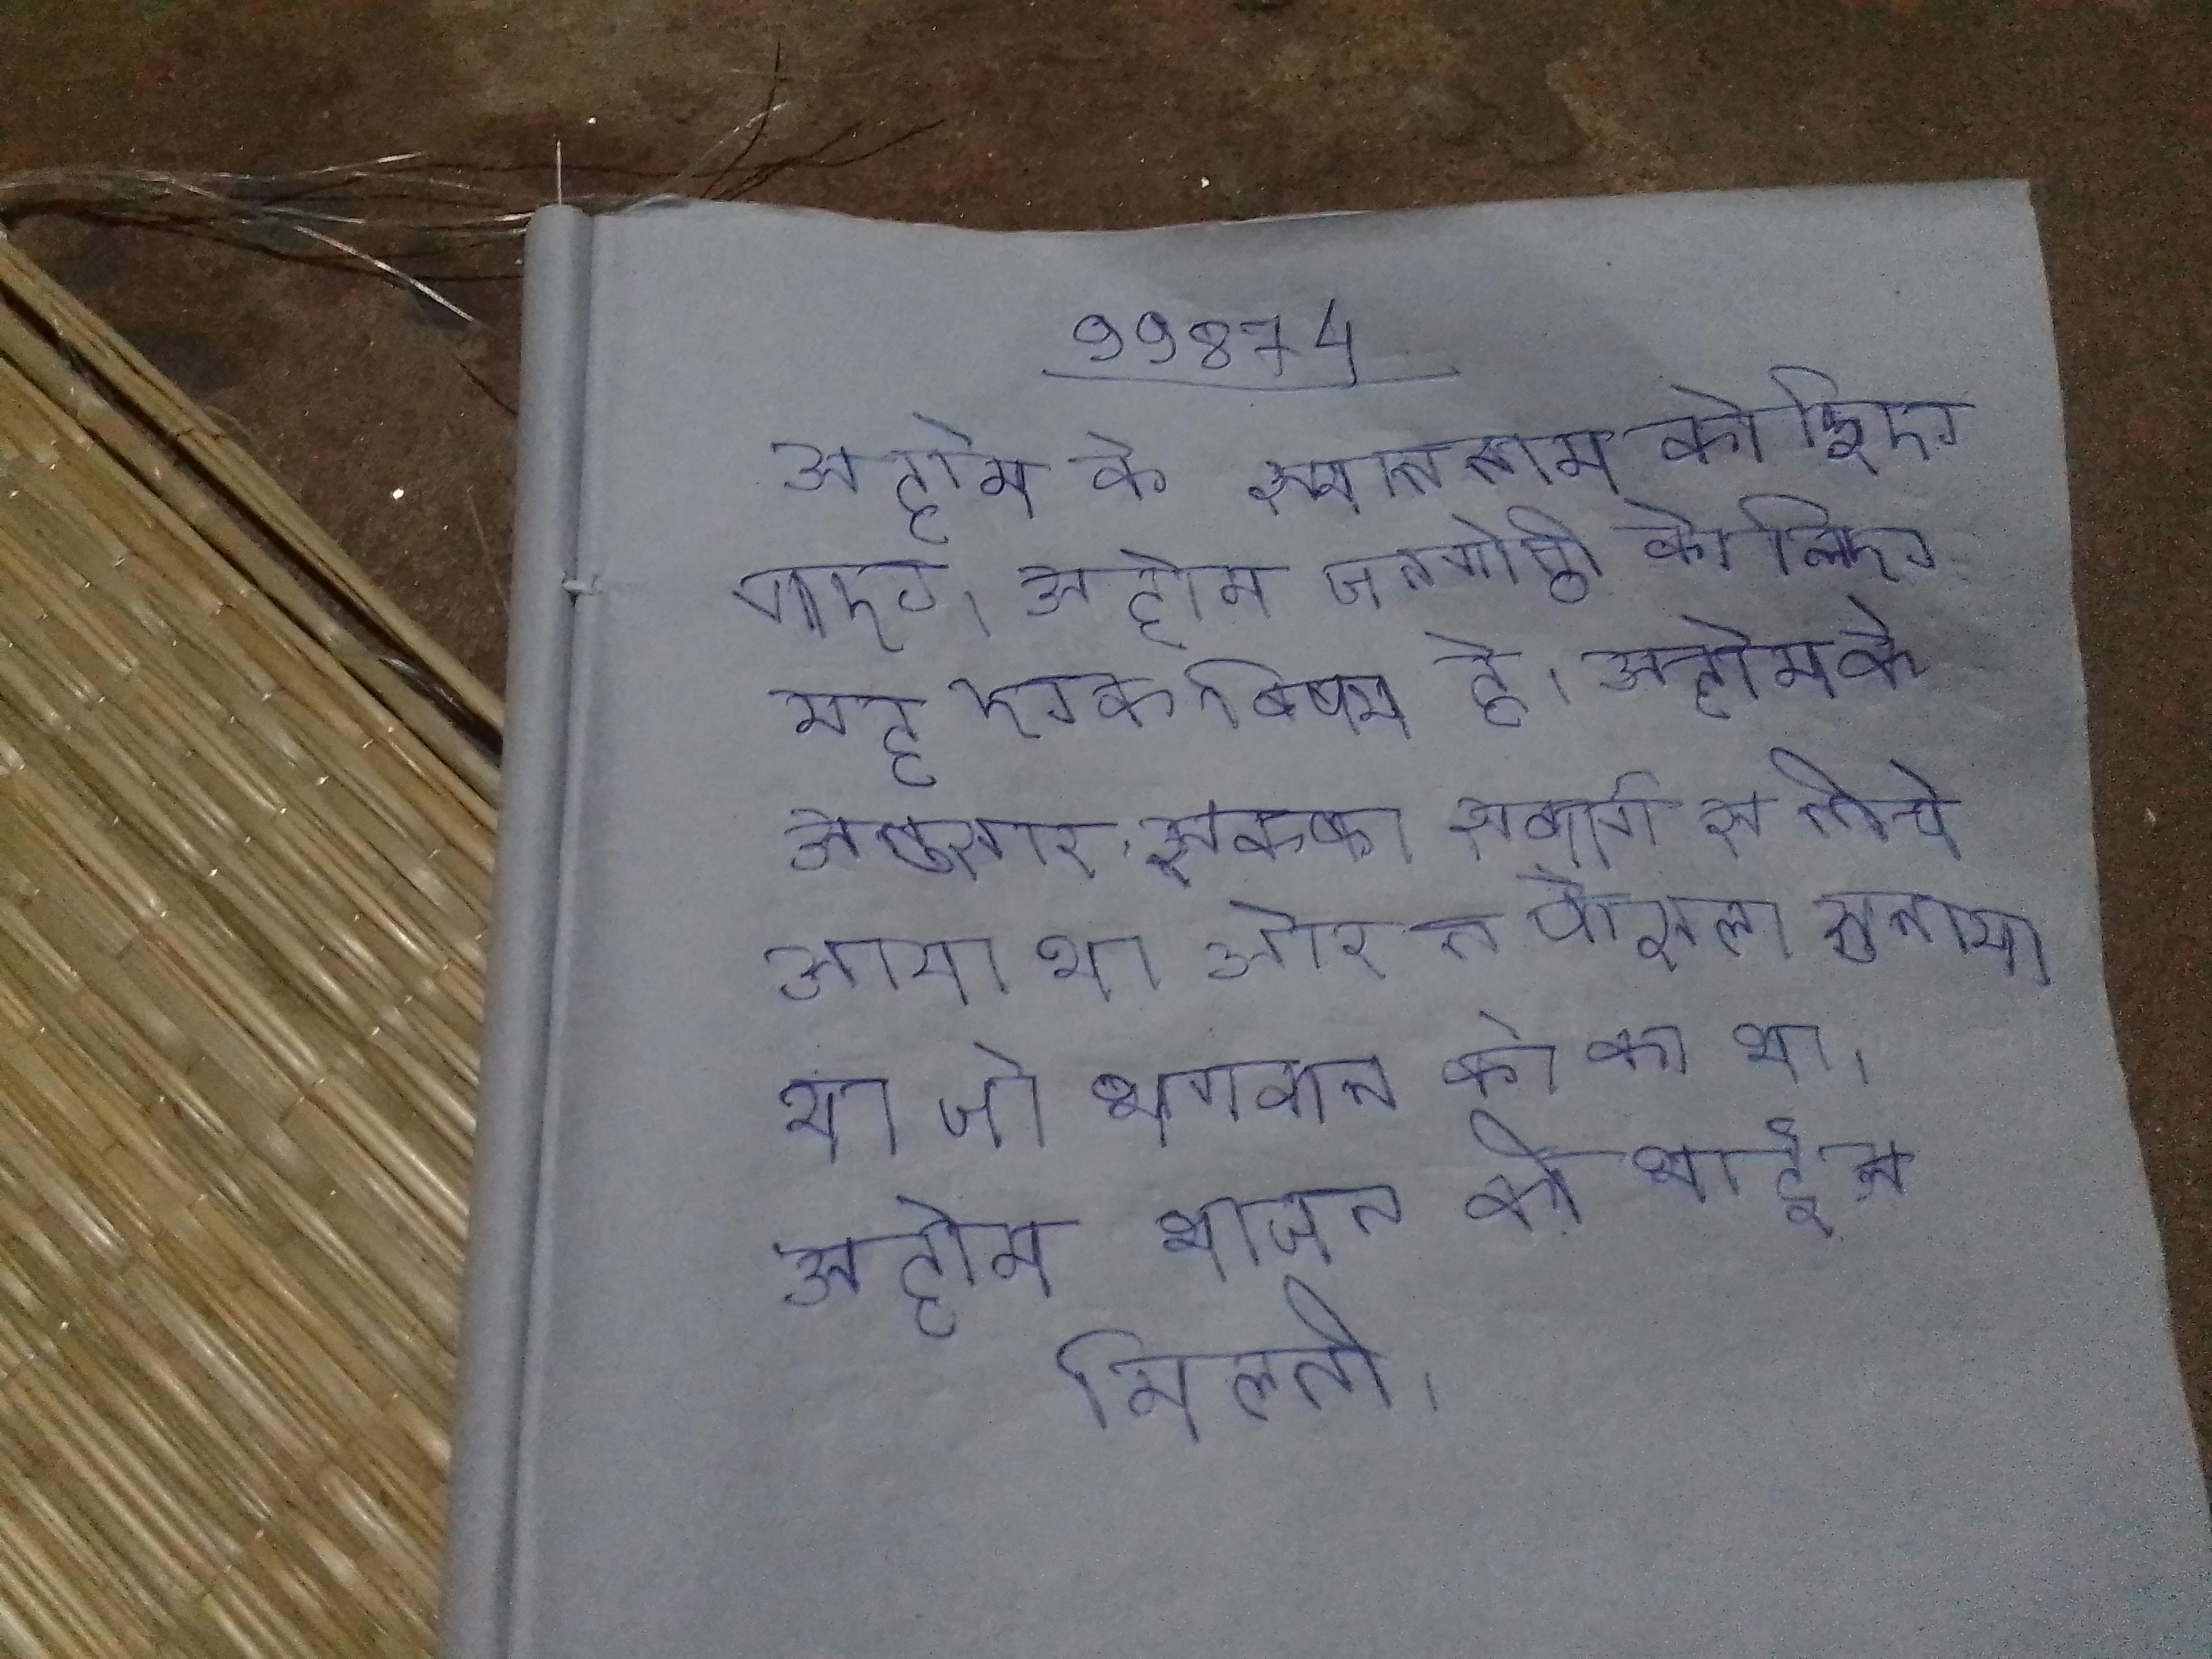
अहोम के स्थाननाम को दिए गए । अहोम जनगोष्ठी के लिए यह एक विषय है । अहोम के अनुसार, सुकफा स्वर्ग से नीचे आया था और ने फैसला सुनाया था जो भगवान के का था । अहोम भोजन की थाई से मिलती ।